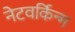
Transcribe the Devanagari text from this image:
नेटवर्किन्ग